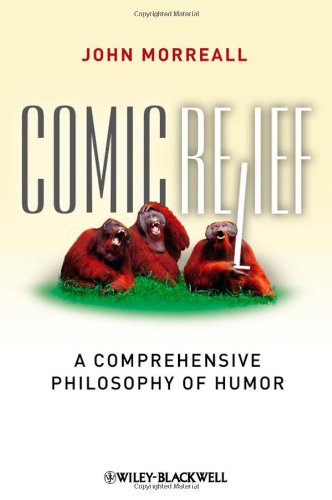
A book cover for Comic Relief: A Comprehensive Philosophy of Humor (New Directions in Aesthetics, No. 9); John Morreall; Humor & Entertainment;